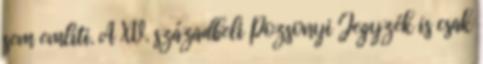
sem említi. A XV. századbeli Pozsonyi Jegyzék is csak